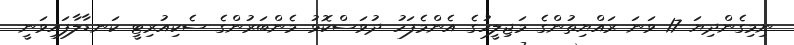
ނިމިގެންދިޔަ 17 ވަނަ ރައްޔިތުންގެ މަޖިލީހުގެ އެންމެފަހު ދުވަސްކޮޅު މެންބަރުންގެ ސެކިއުރިޓީ ކަނޑާލާފައިވަނީ